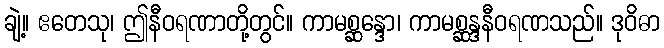
ချဲ့။ ဧတေသု၊ ဤနီဝရဏာတို့တွင်။ ကာမစ္ဆန္ဒော၊ ကာမစ္ဆန္ဒနီဝရဏသည်။ ဒုဝိဓာ